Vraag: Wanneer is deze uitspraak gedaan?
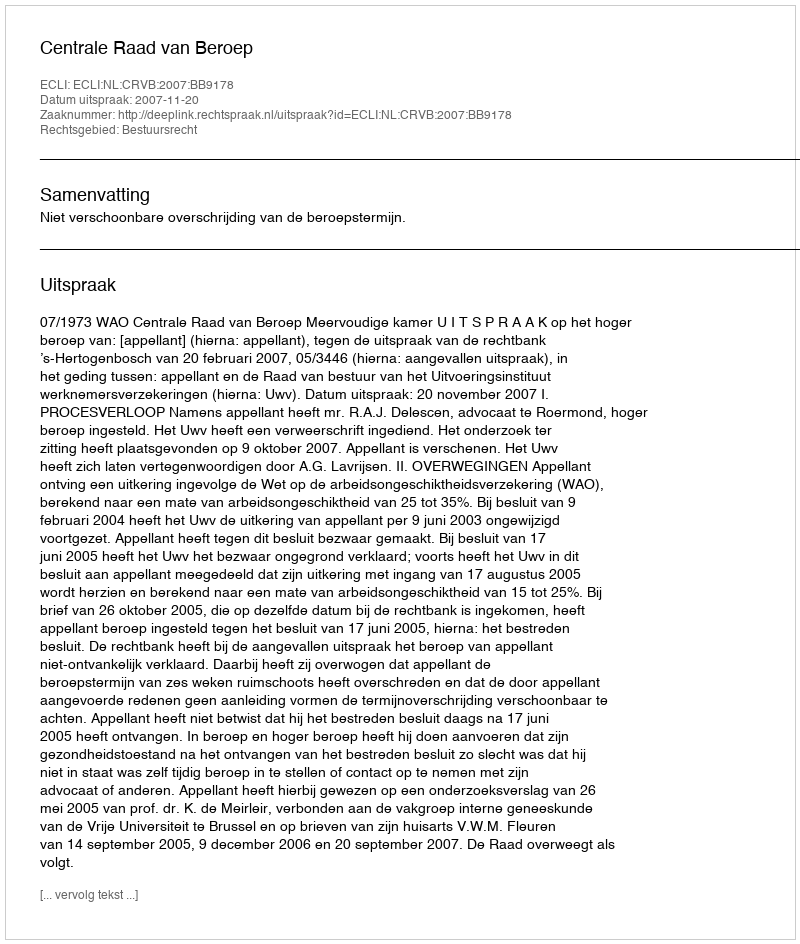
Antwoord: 2007-11-20